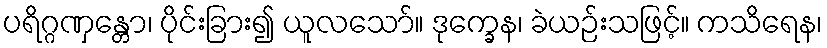
ပရိဂ္ဂဏှန္တော၊ ပိုင်းခြား၍ ယူလသော်။ ဒုက္ခေန၊ ခဲယဉ်းသဖြင့်။ ကသိရေန၊